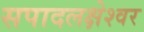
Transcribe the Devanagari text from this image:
सपादलक्षेश्वर